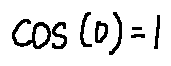
\cos ( 0 ) = 1